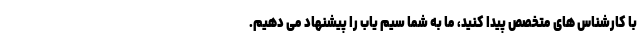
با کارشناس های متخصص پیدا کنید، ما به شما سیم یاب را پیشنهاد می دهیم.